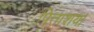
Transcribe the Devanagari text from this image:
पित्ताशय।